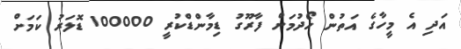
އަދި އެ މީހާގެ އަތުން ހޯދުމަށް ފާރޫގު ޑިމާންޑްކުރީ 100000 ޑޮލަރު ކަމަށް